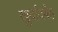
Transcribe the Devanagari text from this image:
खुर्दादबेह